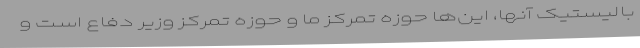
بالیستیک‌ آنها، این‌ها حوزه تمرکز ما و حوزه تمرکز وزیر دفاع است و